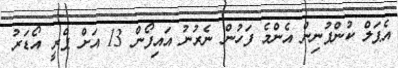
އެޕަލް ކުންފުނިން އެންމެ ފަހުން ނެރުނު އައިފޯން 13 އަށް ޕްރީ އޯޑަރު